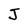
Character: J